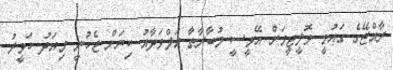
ރާއްޖޭގެ ގައުމީ ވޮލީޓީމަށް އޭވީސީ މުބާރާތާ އަލްވަދާއު ކިޔަން ޖެހުނީ މިއަދު ހަވީރު